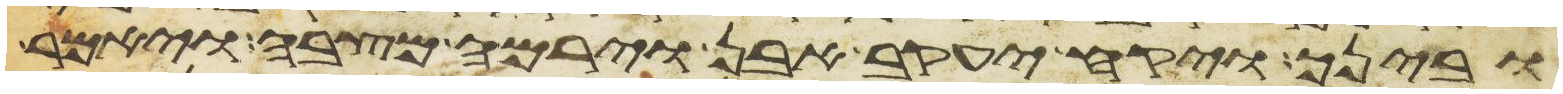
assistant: ובינך ויקח יעקב אבן וירמה מצבה ויאמר